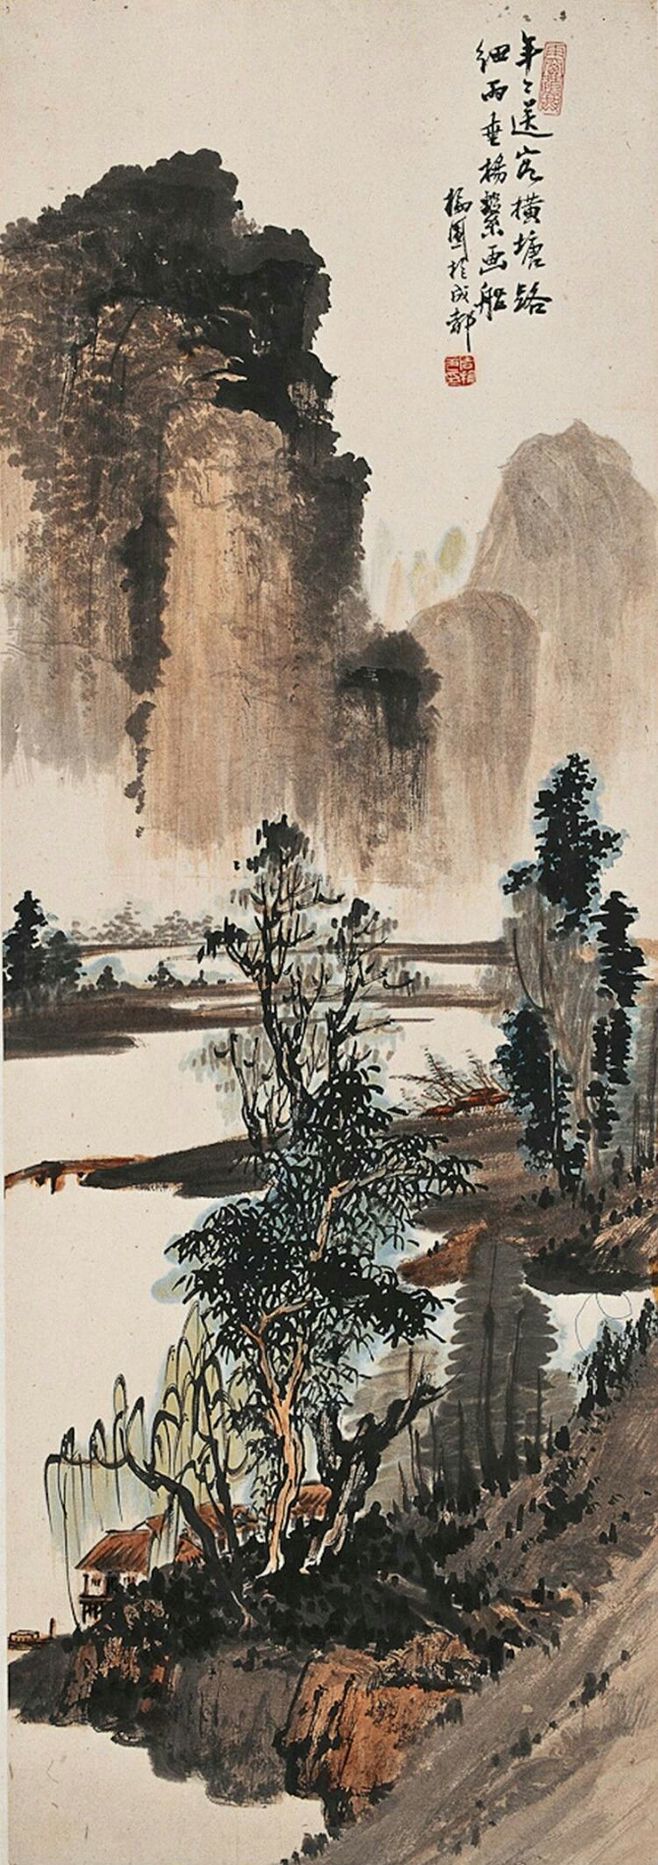
南浦春来绿一川，石桥朱塔两依然。